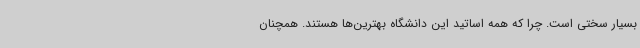
بسیار سختی است. چرا که همه اساتید این دانشگاه بهترین‌ها هستند. همچنان